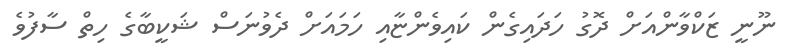
ނޫނީ ޒަކްވާންއަށް ދޮގު ހަދައިގެން ކައިވެންޏާއި ހަމައަށް ދެވުނަސް ޝަކީބާގެ ހިތް ސާފުވެ